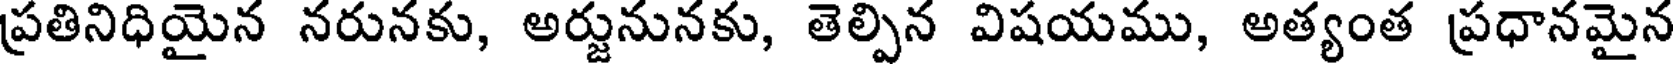
ప్రతినిధియైన నరునకు, అర్జునునకు, తెల్పిన విషయము, అత్యంత ప్రధానమైన